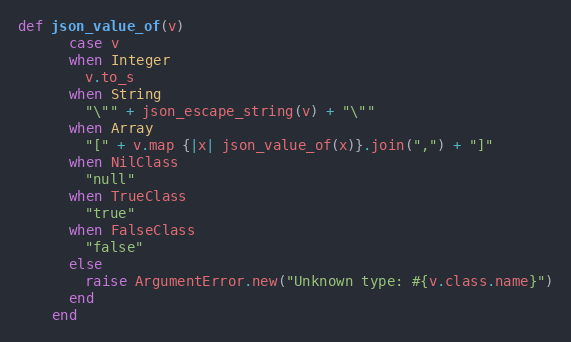
Language: Ruby
def json_value_of(v)
      case v
      when Integer
        v.to_s
      when String
        "\"" + json_escape_string(v) + "\""
      when Array
        "[" + v.map {|x| json_value_of(x)}.join(",") + "]"
      when NilClass
        "null"
      when TrueClass
        "true"
      when FalseClass
        "false"
      else
        raise ArgumentError.new("Unknown type: #{v.class.name}")
      end
    end